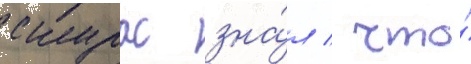
скурас зна́л / что́